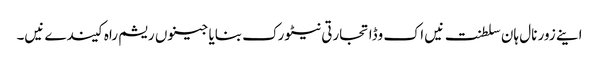
اینے زور نال ہان سلطنت نیں اک وڈا تجارتی نیٹورک بنایا جینوں ریشم راہ کیندے نیں۔